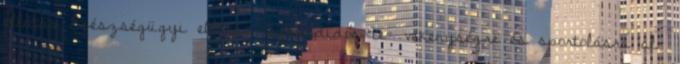
ellátás Egészségügyi ellátás Szabadidős te- vékenységre és sportolásra al-